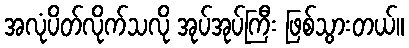
အလုံပိတ်လိုက်သလို အုပ်အုပ်ကြီး ဖြစ်သွားတယ်။